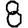
Digit: 8